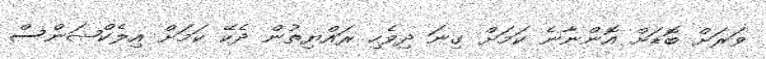
ވަރަށް ބޮޑަށް އޮންނާނެ ކަމަށް ގިނަ ދިވެހި ރައްޔިތުން ދެކޭ ކަމަށް އިލެކްޝަންސް